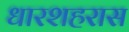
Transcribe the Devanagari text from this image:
धारशहरास